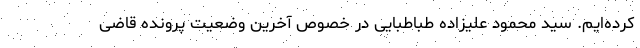
کرده‌ایم. سید محمود علیزاده طباطبایی در خصوص آخرین وضعیت پرونده قاضی